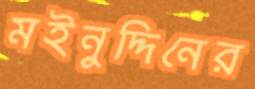
মইনুদ্দিনের